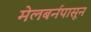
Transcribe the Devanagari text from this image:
मेलबर्नपासून